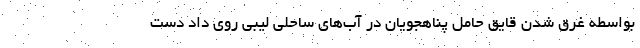
بواسطه غرق شدن قایق حامل پناهجویان در آب‌های ساحلی لیبی روی داد دست